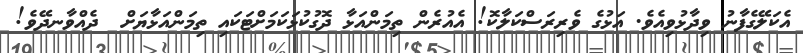
އެކަލޭގެފާނު ވިދާޅުވިއެވެ. އަޅުގެ ވެރިރަސްކަލާކޮ! އެއުރެން ތިމަންއަޅާ ދޮގުކުޅަކަމަށްޓަކައި ތިމަންއަޅާޔަށް  ދެއްވާނދޭވެ!